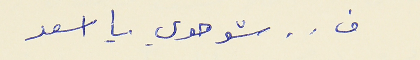
ف . . شو هوي يا اسعد